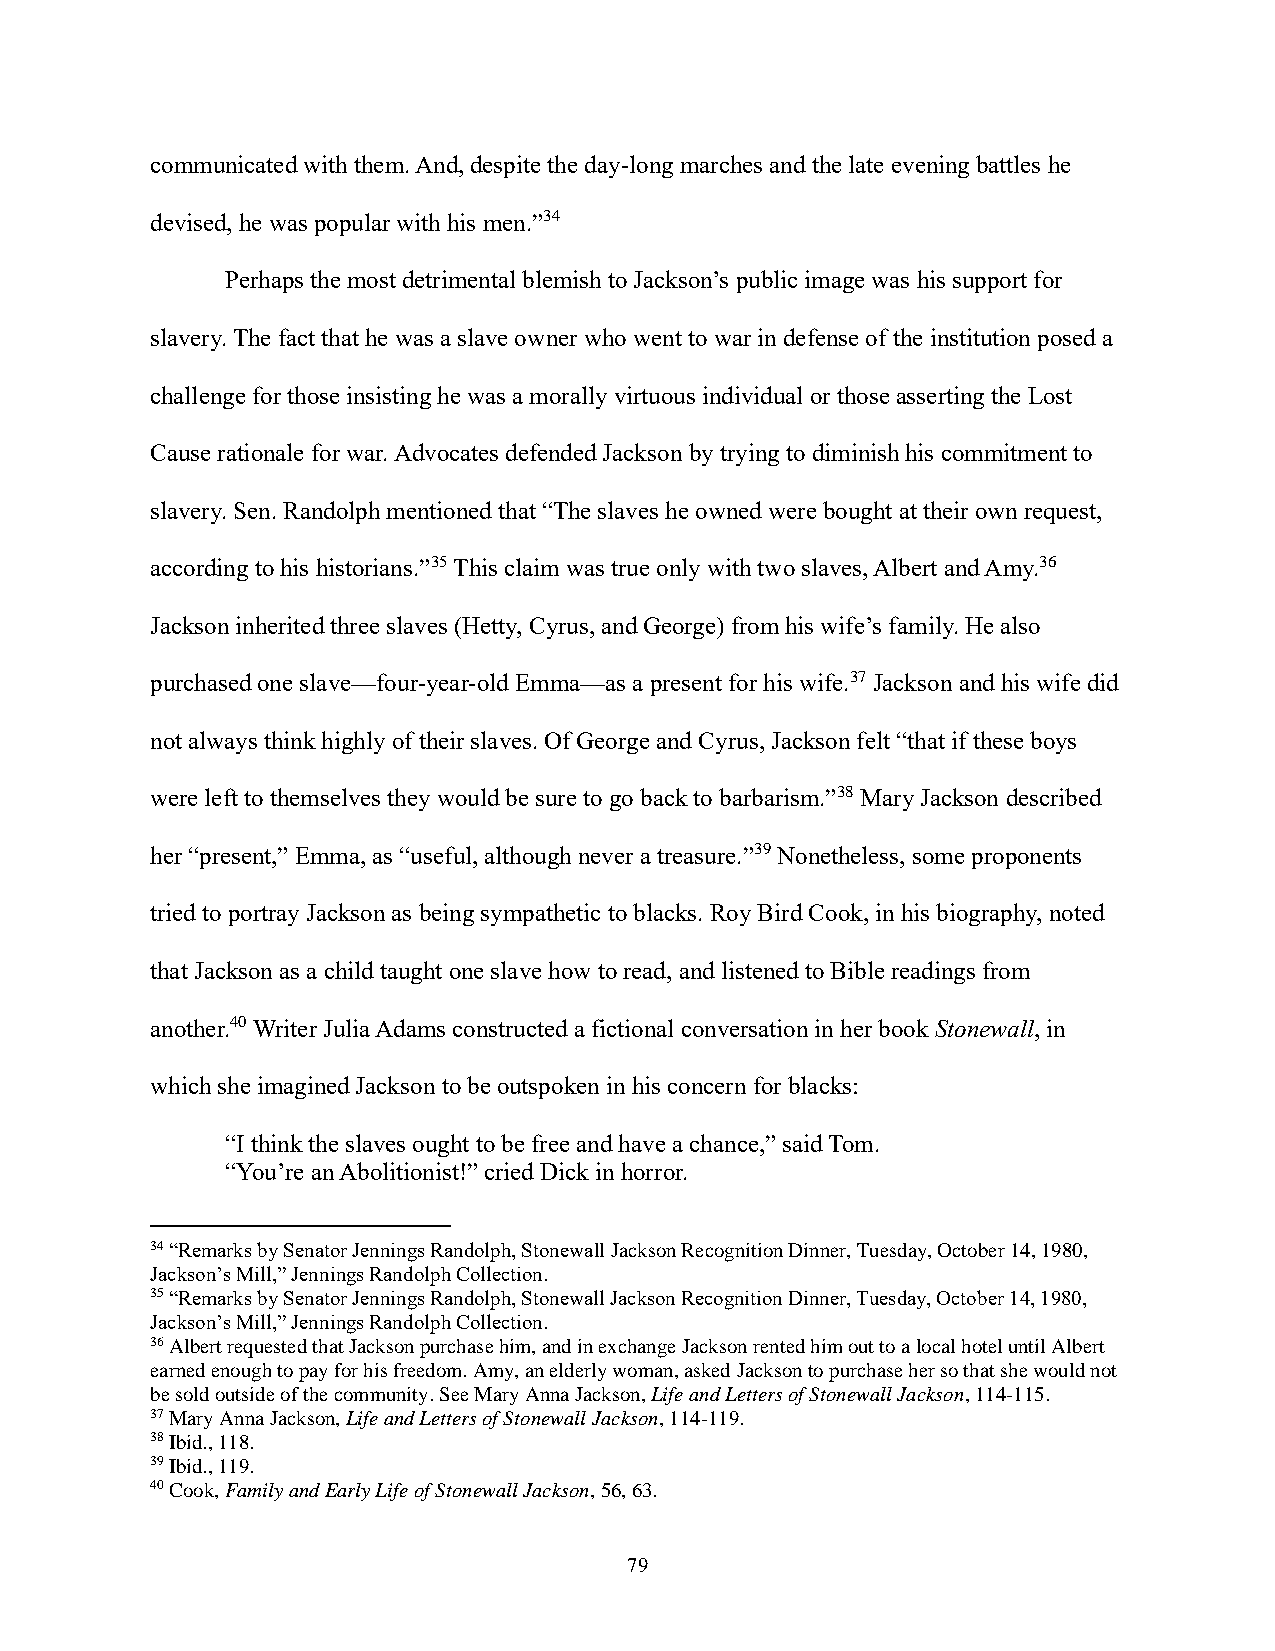
communicated with them. And, despite the day-long marches and the late evening battles he
 devised, he was popular with his men.”34
 Perhaps the most detrimental blemish to Jackson’s public image was his support for
 slavery. The fact that he was a slave owner who went to war in defense of the institution posed a
 challenge for those insisting he was a morally virtuous individual or those asserting the Lost
 Cause rationale for war. Advocates defended Jackson by trying to diminish his commitment to
 slavery. Sen. Randolph mentioned that “The slaves he owned were bought at their own request,
 according to his historians.”35 This claim was true only with two slaves, Albert and Amy.36
 Jackson inherited three slaves (Hetty, Cyrus, and George) from his wife’s family. He also
 purchased one slave—four-year-old Emma—as a present for his wife.37 Jackson and his wife did
 not always think highly of their slaves. Of George and Cyrus, Jackson felt “that if these boys
 were left to themselves they would be sure to go back to barbarism.”38 Mary Jackson described
 her “present,” Emma, as “useful, although never a treasure.”39 Nonetheless, some proponents
 tried to portray Jackson as being sympathetic to blacks. Roy Bird Cook, in his biography, noted
 that Jackson as a child taught one slave how to read, and listened to Bible readings from
 another.40 Writer Julia Adams constructed a fictional conversation in her book Stonewall, in
 which she imagined Jackson to be outspoken in his concern for blacks:
 “I think the slaves ought to be free and have a chance,” said Tom.
 “You’re an Abolitionist!” cried Dick in horror.
 34 “Remarks by Senator Jennings Randolph, Stonewall Jackson Recognition Dinner, Tuesday, October 14, 1980,
 Jackson’s Mill,” Jennings Randolph Collection.
 35 “Remarks by Senator Jennings Randolph, Stonewall Jackson Recognition Dinner, Tuesday, October 14, 1980,
 Jackson’s Mill,” Jennings Randolph Collection.
 36 Albert requested that Jackson purchase him, and in exchange Jackson rented him out to a local hotel until Albert
 earned enough to pay for his freedom. Amy, an elderly woman, asked Jackson to purchase her so that she would not
 be sold outside of the community. See Mary Anna Jackson, Life and Letters of Stonewall Jackson, 114-115.
 37 Mary Anna Jackson, Life and Letters of Stonewall Jackson, 114-119.
 38 Ibid., 118.
 39 Ibid., 119.
 40 Cook, Family and Early Life of Stonewall Jackson, 56, 63.
 79